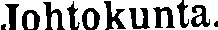
Johtokunta.